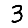
Digit: 3